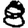
Digit: 8